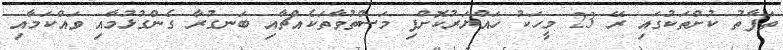
ތަފާތު ކުށްތަކުގައި ރޭ 23 މީހަކު ހައްޔަރުކޮށްފި މަސްތުވާތަކެއްޗާއި ބަނގުރާ ގެންގުޅުމާއި ވައްކަމާއި